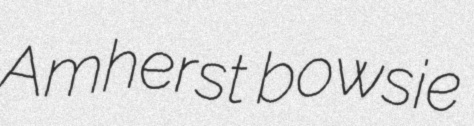
Amherst bowsie